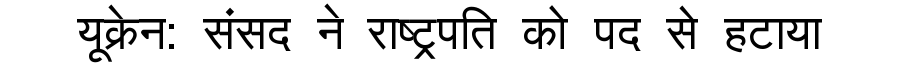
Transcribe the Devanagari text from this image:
यूक्रेन: संसद ने राष्ट्रपति को पद से हटाया